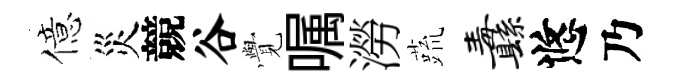
億災競谷𮗜嘱澇蔬纛悠乃